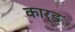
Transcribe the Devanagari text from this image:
कार्ड